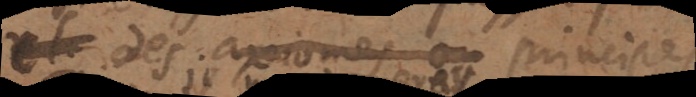
des axiomes ou principes.